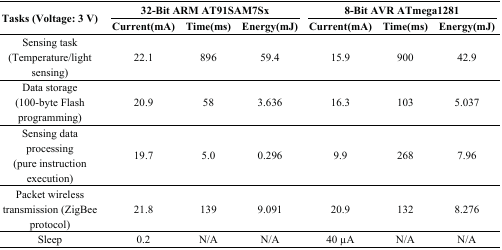
<table><thead><tr><td rowspan="3"><b>Tasks (Voltage: 3 V)</b></td><td colspan="3"><b>32-Bit ARM AT91SAM7Sx</b></td><td colspan="3"><b>8-Bit AVR ATmega1281</b></td></tr><tr><td><b>Current(mA)</b></td><td><b>Time(ms)</b></td><td><b>Energy(mJ)</b></td><td><b>Current(mA)</b></td><td><b>Time(ms)</b></td><td><b>Energy(mJ)</b></td></tr></thead><tbody><tr><td>Sensing task (Temperature/light sensing)</td><td>22.1</td><td>896</td><td>59.4</td><td>15.9</td><td>900</td><td>42.9</td></tr><tr><td>Data storage (100-byte Flash programming)</td><td>20.9</td><td>58</td><td>3.636</td><td>16.3</td><td>103</td><td>5.037</td></tr><tr><td>Sensing data processing (pure instruction execution)</td><td>19.7</td><td>5.0</td><td>0.296</td><td>9.9</td><td>268</td><td>7.96</td></tr><tr><td>Packet wireless transmission (ZigBee protocol)</td><td>21.8</td><td>139</td><td>9.091</td><td>20.9</td><td>132</td><td>8.276</td></tr><tr><td>Sleep</td><td>0.2</td><td>N/A</td><td>N/A</td><td>40 μA</td><td>N/A</td><td>N/A</td></tr></tbody></table>